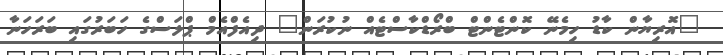
"އޮރިޔާން ކާޑު ހިމެނޭ ކޮންޓެންޓް ބްރޯޑްކާސްޓެއް ނުކުރަން" ދިއެފްއެމް ޕްލަސްގެ ހަބަރުގައި ބަރަހަނާ